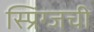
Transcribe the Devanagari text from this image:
स्प्रिंग्जची